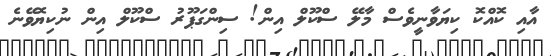
އާއި ކޮއްކޮ ކިޔަވާނީވެސް މާލޭ ސްކޫލް އިން! ސިންގަޕޫރު ސްކޫލް އިން ނުކިޔޮވޭނެ